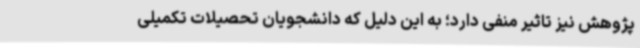
پژوهش نیز تاثیر منفی دارد؛ به این دلیل که دانشجویان تحصیلات تکمیلی